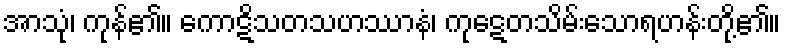
အာသုံ၊ ကုန်၏။ ကောဋိသတသဟဿာနံ၊ ကုဋေတသိမ်းသောရဟန်းတို့၏။